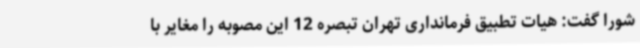
شورا گفت: هیات تطبیق فرمانداری تهران تبصره 12 این مصوبه را مغایر با